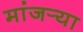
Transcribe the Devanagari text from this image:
मांजर्‍या